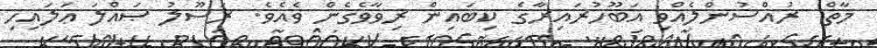
މާތް  ރުއްސުންލެއްވި އަބޫހުރައިރާގެ ކިބައިން ރިވާވެގެން ވެއެވެ. ރަސޫލު ޞައްލަ ޢަލައިހި